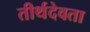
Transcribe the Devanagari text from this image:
तीर्थदेवता